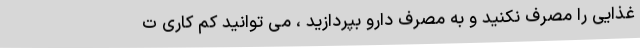
غذایی را مصرف نکنید و به مصرف دارو بپردازید ، می توانید کم کاری ت